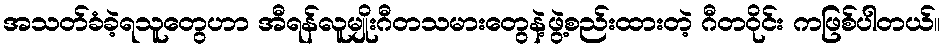
အသတ်ခံခဲ့ရသူတွေဟာ အီရန်လူမျိုးဂီတသမားတွေနဲ့ဖွဲ့စည်းထားတဲ့ ဂီတဝိုင်း ကဖြစ်ပါတယ်။